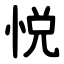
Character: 悦